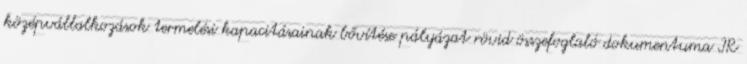
középvállalkozások termelési kapacitásainak bővítése pályázat rövid összefoglaló dokumentuma IR